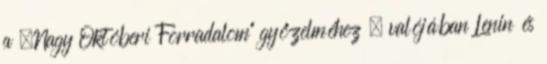
a „Nagy Októberi Forradalom” győzelméhez – valójában Lenin és